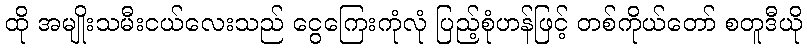
ထို အမျိုးသမီးငယ်လေးသည် ငွေကြေးကုံလုံ ပြည့်စုံဟန်ဖြင့် တစ်ကိုယ်တော် စတူဒီယို